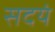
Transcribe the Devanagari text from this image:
सदयं